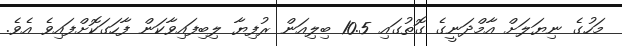
މަހުގެ ނިޔަލަށް އާމްދަނީގެ ގޮތުގައި 10.5 ބިލިއަން ރުފިޔާ ލިބިފައިވާކަން ފާހަގަކޮށްފައިވެ އެވެ.